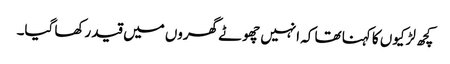
کچھ لڑکیوں کا کہنا تھا کہ انہیں چھوٹے گھروں میں قید رکھا گیا۔